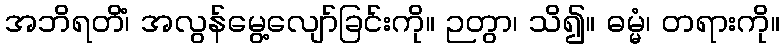
အဘိရတိံ၊ အလွန်မွေ့လျော်ခြင်းကို။ ဉတွာ၊ သိ၍။ ဓမ္မံ၊ တရားကို။